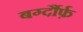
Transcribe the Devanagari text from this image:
बर्ग्दौर्फ़